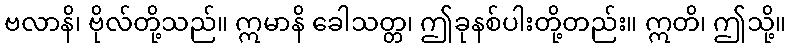
ဗလာနိ၊ ဗိုလ်တို့သည်။ ဣမာနိ ခေါသတ္တ၊ ဤခုနစ်ပါးတို့တည်း။ ဣတိ၊ ဤသို့။